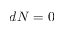
d N = 0